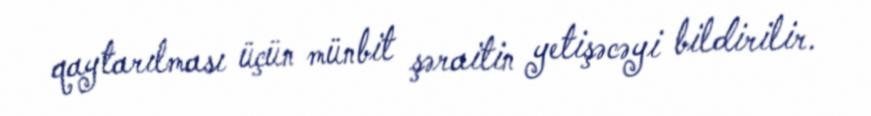
qaytarılması üçün münbit şəraitin yetişəcəyi bildirilir.